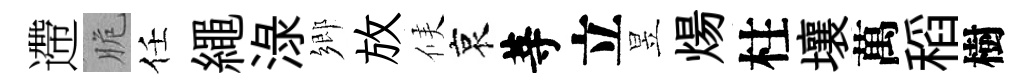
遰脆任繩渌鄉放候哀䓁立昱煬柱壤萬稻樹